Note on the mental hospitals in Burma - 1925-1940
Year: 1925
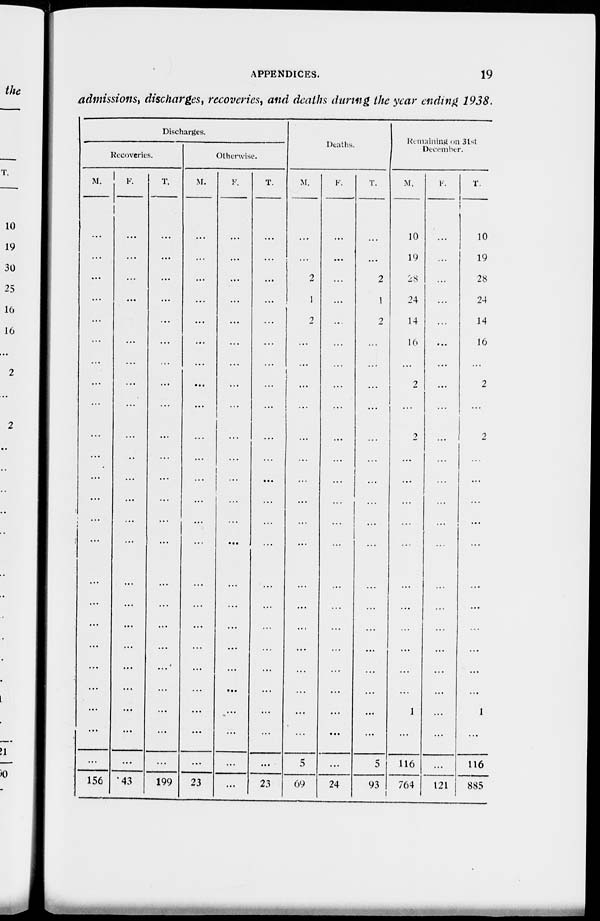
APPENDICES.
19
admissions, discharges, recoveries, and deaths during the year ending 1938.
Discharges.
Recoveries.
M.
...
...
...
...
...
...
...
...
...
...
...
...
...
...
....
...
...
...
...
...
...
...
...
...
156
F.
...
...
...
...
...
...
...
...
...
...
...
...
...
...
...
...
...
...
...
...
...
...
...
...
43
T.
...
...
...
...
...
...
...
...
...
...
...
...
...
...
...
...
...
...
...
...
...
...
...
...
199
Otherwise.
M.
...
...
...
...
...
...
...
...
...
...
...
...
...
...
...
...
...
...
...
...
...
...
...
...
23
F.
...
...
...
...
...
...
...
...
...
...
...
...
...
...
...
...
...
...
...
...
...
...
...
...
...
T.
...
...
...
...
...
...
...
...
...
...
...
...
...
...
...
...
...
...
...
...
...
...
...
...
23
Deaths.
M.
...
...
2
1
2
...
...
...
...
...
...
...
...
...
...
...
...
...
...
...
...
...
...
5
69
F.
...
...
...
...
...
...
...
...
...
...
...
...
...
...
...
...
...
...
...
...
...
...
...
...
24
T.
...
...
2
1
2
...
...
...
...
...
...
...
...
...
...
...
...
...
...
...
...
...
...
5
93
Remaining on 31st
December.
M.
10
19
28
24
14
16
...
2
...
2
...
...
...
...
...
...
...
...
...
...
...
1
...
116
764
F.
...
...
...
...
...
...
...
...
...
...
...
...
...
...
...
...
...
...
...
...
...
...
...
...
121
T.
10
19
28
24
14
16
...
2
...
2
...
...
...
...
...
...
...
...
...
...
...
1
...
116
885